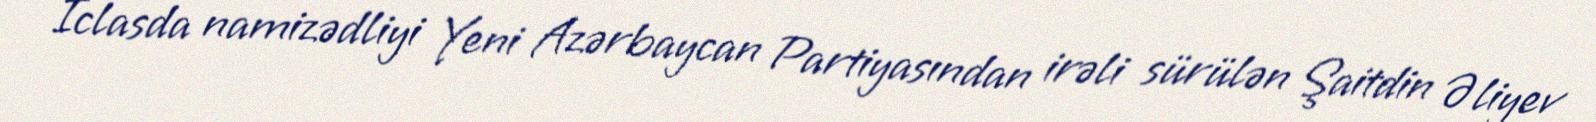
İclasda namizədliyi Yeni Azərbaycan Partiyasından irəli sürülən Şaitdin Əliyev